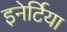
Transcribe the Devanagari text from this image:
इनेर्टिया